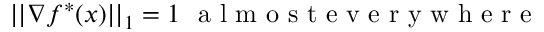
| | \nabla f ^ { * } ( x ) | | _ { 1 } = 1 \ \mathrm { ~ a ~ l ~ m ~ o ~ s ~ t ~ e ~ v ~ e ~ r ~ y ~ w ~ h ~ e ~ r ~ e ~ }